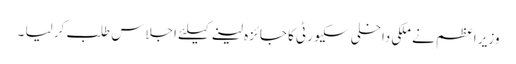
وزیر اعظم نے ملکی داخلی سکیورٹی کا جائزہ لینے کیلئے اجلاس طلب کر لیا ۔